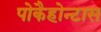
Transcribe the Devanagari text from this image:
पोकैहोन्टास